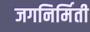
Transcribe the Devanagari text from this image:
जगनिर्मिती